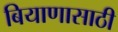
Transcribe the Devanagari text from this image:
बियाणासाठी